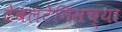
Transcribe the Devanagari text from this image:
टेबलटेनिसच्या